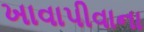
ખાવાપીવાના